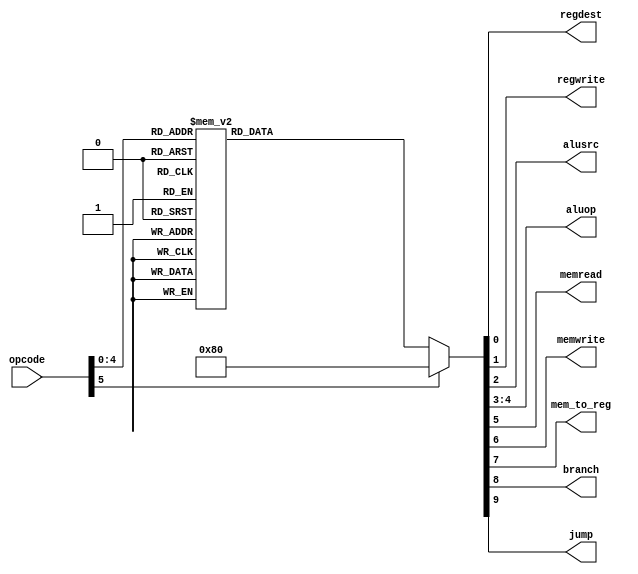
// Name: Dev gupta,Pinkesh Mahawar
// Roll No 210318, 210719


module control_unit(input [5:0] opcode, output reg regdest,regwrite,alusrc,output reg [1:0]aluop,output reg memread,memwrite,mem_to_reg,branch,jump);

// assign regdest=opcode[5];
// assign regwrite=opcode[4];
// assign alusrc=opcode[3];
// assign aluop=opcode[2:1];
// assign memread=1'b1;
// assign memwrite=1'b1;
// assign mem_to_reg=1'b1;
// assign opcode=instr[31:26];

initial begin
    regdest<=1'b0;
    regwrite<=1'b0;
    alusrc<=1'b0;
    aluop<=2'b0;
    memread<=1'b0;
    memwrite<=1'b0;
    mem_to_reg<=1'b1;
    branch<=1'b0;
    jump<=1'b0;
end

always @(opcode)begin
    case(opcode)
        6'd0 : begin
            regdest<=1'b0;
            regwrite<=1'b0;
            alusrc<=1'b0;
            aluop<=2'b0;
            memread<=1'b0;
            memwrite<=1'b0;
            mem_to_reg<=1'b1;
            branch<=1'b0;
            jump<=1'b0;
        end
         6'd1 : begin
            regdest<=1'b1;
            regwrite<=1'b1;
            alusrc<=1'b0;
            aluop<=2'b0;
            memread<=1'b0;
            memwrite<=1'b0;
            mem_to_reg<=1'b0;
            branch<=1'b0;
            jump<=1'b0;
        end
        6'd2 : begin
            regdest<=1'b1;
            regwrite<=1'b1;
            alusrc<=1'b0;
            aluop<=2'b0;
            memread<=1'b0;
            memwrite<=1'b0;
            mem_to_reg<=1'b0;
            branch<=1'b0;
            jump<=1'b0;
        end
        6'd3 : begin
            regdest<=1'b1;
            regwrite<=1'b1;
            alusrc<=1'b0;
            aluop<=2'b0;
            memread<=1'b0;
            memwrite<=1'b0;
            mem_to_reg<=1'b0;
            branch<=1'b0;
            jump<=1'b0;
        end
        6'd4 : begin
            regdest<=1'b1;
            regwrite<=1'b1;
            alusrc<=1'b0;
            aluop<=2'b0;
            memread<=1'b0;
            memwrite<=1'b0;
            mem_to_reg<=1'b0;
            branch<=1'b0;
            jump<=1'b0;
        end
         6'd5 : begin
            regdest<=1'b0;
            regwrite<=1'b1;
            alusrc<=1'b1;
            aluop<=2'b0;
            memread<=1'b0;
            memwrite<=1'b0;
            mem_to_reg<=1'b0;
            branch<=1'b0;
            jump<=1'b0;
        end
        6'd6 : begin
            regdest<=1'b0;
            regwrite<=1'b1;
            alusrc<=1'b0;
            aluop<=2'b0;
            memread<=1'b0;
            memwrite<=1'b0;
            mem_to_reg<=1'b0;
            branch<=1'b0;
            jump<=1'b0;
        end
        6'd7 : begin
            regdest<=1'b1;
            regwrite<=1'b1;
            alusrc<=1'b0;
            aluop<=2'b0;
            memread<=1'b0;
            memwrite<=1'b0;
            mem_to_reg<=1'b0;
            branch<=1'b0;
            jump<=1'b0;
        end
        6'd8 : begin
            regdest<=1'b1;
            regwrite<=1'b1;
            alusrc<=1'b0;
            aluop<=2'b0;
            memread<=1'b0;
            memwrite<=1'b0;
            mem_to_reg<=1'b0;
            branch<=1'b0;
            jump<=1'b0;
        end
        6'd9 : begin
            regdest<=1'b0;
            regwrite<=1'b1;
            alusrc<=1'b1;
            aluop<=2'b0;
            memread<=1'b0;
            memwrite<=1'b0;
            mem_to_reg<=1'b0;
            branch<=1'b0;
            jump<=1'b0;
        end
        6'd10 : begin
            regdest<=1'b0;
            regwrite<=1'b1;
            alusrc<=1'b1;
            aluop<=2'b0;
            memread<=1'b0;
            memwrite<=1'b0;
            mem_to_reg<=1'b0;
            branch<=1'b0;
            jump<=1'b0;
        end
        6'd11 : begin
            regdest<=1'b0;
            regwrite<=1'b1;
            alusrc<=1'b1;
            aluop<=2'b0;
            memread<=1'b0;
            memwrite<=1'b0;
            mem_to_reg<=1'b0;
            branch<=1'b0;
            jump<=1'b0;
        end
        6'd12 : begin
            regdest<=1'b0;
            regwrite<=1'b1;
            alusrc<=1'b1;
            aluop<=2'b0;
            memread<=1'b0;
            memwrite<=1'b0;
            mem_to_reg<=1'b0;
            branch<=1'b0;
            jump<=1'b0;
        end
        6'd13 : begin
            regdest<=1'b0;
            regwrite<=1'b1;
            alusrc<=1'b1;
            aluop<=2'b0;
            memread<=1'b1;
            memwrite<=1'b0;
            mem_to_reg<=1'b1;
            branch<=1'b0;
            jump<=1'b0;
        end
        6'd14 : begin
            regdest<=1'b0;
            regwrite<=1'b0;
            alusrc<=1'b1;
            aluop<=2'b0;
            memread<=1'b0;
            memwrite<=1'b1;
            mem_to_reg<=1'b0;
            branch<=1'b0;
            jump<=1'b0;
        end
        6'd15 : begin
            regdest<=1'b0;
            regwrite<=1'b0;
            alusrc<=1'b0;
            aluop<=2'b0;
            memread<=1'b0;
            memwrite<=1'b0;
            mem_to_reg<=1'b1;
            branch<=1'b1;
            jump<=1'b0;
        end
        6'd16 : begin
            regdest<=1'b1;
            regwrite<=1'b0;
            alusrc<=1'b0;
            aluop<=2'b0;
            memread<=1'b0;
            memwrite<=1'b0;
            mem_to_reg<=1'b0;
            branch<=1'b1;
            jump<=1'b0;
        end
        6'd17 : begin
            regdest<=1'b1;
            regwrite<=1'b0;
            alusrc<=1'b0;
            aluop<=2'b0;
            memread<=1'b0;
            memwrite<=1'b0;
            mem_to_reg<=1'b1;
            branch<=1'b1;
            jump<=1'b0;
        end
        6'd18 : begin
            regdest<=1'b1;
            regwrite<=1'b0;
            alusrc<=1'b0;
            aluop<=2'b0;
            memread<=1'b0;
            memwrite<=1'b0;
            mem_to_reg<=1'b1;
            branch<=1'b1;
            jump<=1'b0;
        end
        6'd19 : begin
            regdest<=1'b1;
            regwrite<=1'b0;
            alusrc<=1'b0;
            aluop<=2'b0;
            memread<=1'b0;
            memwrite<=1'b0;
            mem_to_reg<=1'b1;
            branch<=1'b1;
            jump<=1'b0;
        end
        6'd20 : begin
            regdest<=1'b1;
            regwrite<=1'b0;
            alusrc<=1'b0;
            aluop<=2'b0;
            memread<=1'b0;
            memwrite<=1'b0;
            mem_to_reg<=1'b1;
            branch<=1'b1;
            jump<=1'b0;
        end
        6'd21 : begin
            regdest<=1'b0;
            regwrite<=1'b0;
            alusrc<=1'b0;
            aluop<=2'b0;
            memread<=1'b0;
            memwrite<=1'b0;
            mem_to_reg<=1'b1;
            branch<=1'b0;
            jump<=1'b1;
        end
        6'd22 : begin
            regdest<=1'b0;
            regwrite<=1'b0;
            alusrc<=1'b0;
            aluop<=2'b0;
            memread<=1'b0;
            memwrite<=1'b0;
            mem_to_reg<=1'b1;
            branch<=1'b0;
            jump<=1'b1;
        end
        6'd23 : begin
            regdest<=1'b0;
            regwrite<=1'b0;
            alusrc<=1'b0;
            aluop<=2'b0;
            memread<=1'b0;
            memwrite<=1'b0;
            mem_to_reg<=1'b1;
            branch<=1'b0;
            jump<=1'b1;
        end
        6'd24 : begin
            regdest<=1'b1;
            regwrite<=1'b1;
            alusrc<=1'b0;
            aluop<=2'b0;
            memread<=1'b0;
            memwrite<=1'b0;
            mem_to_reg<=1'b0;
            branch<=1'b0;
            jump<=1'b0;
        end
        6'd25 : begin
            regdest<=1'b0;
            regwrite<=1'b1;
            alusrc<=1'b1;
            aluop<=2'b0;
            memread<=1'b0;
            memwrite<=1'b0;
            mem_to_reg<=1'b0;
            branch<=1'b0;
            jump<=1'b0;
        end        
        default: begin
            regdest<=1'b0;
            regwrite<=1'b0;
            alusrc<=1'b0;
            aluop<=2'b0;
            memread<=1'b0;
            memwrite<=1'b0;
            mem_to_reg<=1'b1;
            branch<=1'b0;
            jump<=1'b0;
        end
    endcase
end

// reg regdest_reg,regwrite_reg,alusrc_reg,aluop_reg,memread_reg,mem_to_reg_reg,memwrite_reg;

// assign regdest=regdest_reg;
// assign regwrite=regwrite_reg;
// assign alusrc=alusrc_reg;
// assign aluop=aluop_reg;
// assign memread=memread_reg;
// assign memwrite=memwrite_reg;
// assign mem_to_reg=mem_to_reg_reg;

// endmodule

// module mux16to1 #(parameter size;)(input [size-1] in[15:0],output[size-1:0],switch[3:0])

endmodule